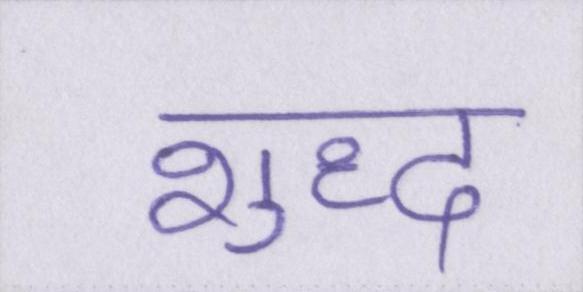
शुध्द